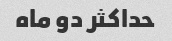
حداکثر دو ماه